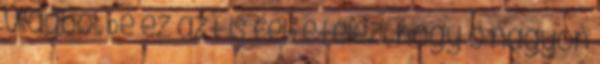
világból. De ez azt is feltételezi, hogy ő nagyon